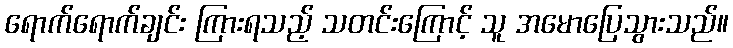
ရောက်ရောက်ချင်း ကြားရသည့် သတင်းကြောင့် သူ အမောပြေသွားသည်။